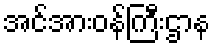
အင်အားဝန်ကြီးဌာန